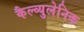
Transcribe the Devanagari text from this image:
कैल्व्युलेनिक